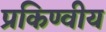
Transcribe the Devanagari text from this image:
प्रकिण्वीय